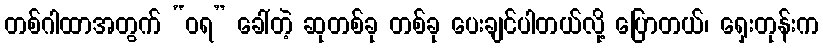
တစ်ဂါထာအတွက် “ဝရ” ခေါ်တဲ့ ဆုတစ်ခု တစ်ခု ပေးချင်ပါတယ်လို့ ပြောတယ်၊ ရှေးတုန်းက